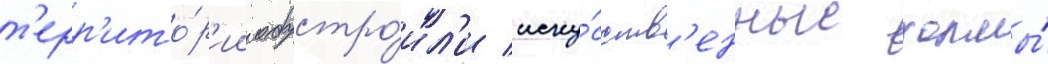
т'ерр'ито́р'ии обустро́ил'и иску́сств'енные холмы́